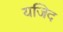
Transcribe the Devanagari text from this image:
यजिद